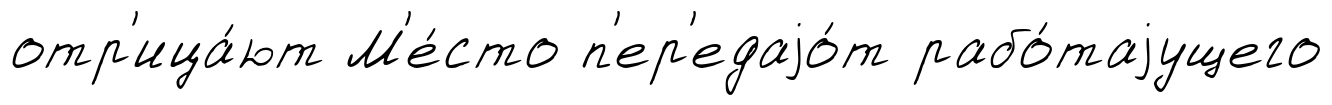
отр'ица́ют М'е́сто п'ер'едаjо́т рабо́таjущего